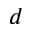
d